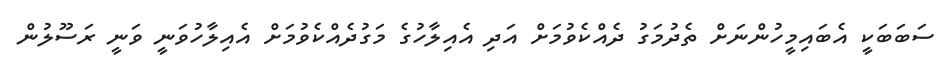
ސަބަބަކީ އެބައިމީހުންނަށް ތެދުމަގު ދެއްކެވުމަށް އަދި އެއިލާހުގެ މަގުދެއްކެވުމަށް އެއިލާހުވަނީ ވަނީ ރަސޫލުން